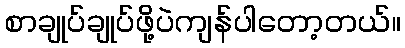
စာချုပ်ချုပ်ဖို့ပဲကျန်ပါတော့တယ်။